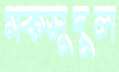
মকসুদুল